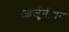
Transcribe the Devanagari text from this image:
आर्जुनीयन